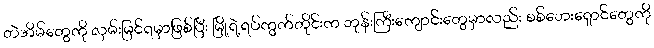
တဲအိမ်တွေကို လှမ်းမြင်ရမှာဖြစ်ပြီး မြို့ရဲ့ရပ်ကွက်တိုင်းက ဘုန်းကြီးကျောင်းတွေမှာလည်း စစ်ဘေးရှောင်တွေကို